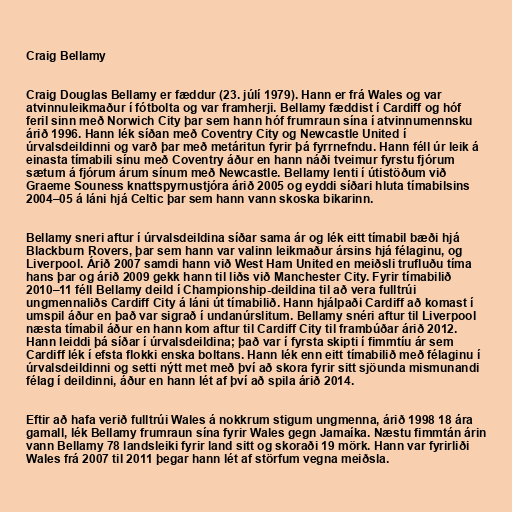
Craig Bellamy

Craig Douglas Bellamy er fæddur (23. júlí 1979). Hann er frá Wales og var
atvinnuleikmaður í fótbolta og var framherji. Bellamy fæddist í Cardiff og hóf
feril sinn með Norwich City þar sem hann hóf frumraun sína í atvinnumennsku
árið 1996. Hann lék síðan með Coventry City og Newcastle United í
úrvalsdeildinni og varð þar með metáritun fyrir þá fyrrnefndu. Hann féll úr leik á
einasta tímabili sínu með Coventry áður en hann náði tveimur fyrstu fjórum
sætum á fjórum árum sínum með Newcastle. Bellamy lenti í útistöðum við
Graeme Souness knattspyrnustjóra árið 2005 og eyddi síðari hluta tímabilsins
2004–05 á láni hjá Celtic þar sem hann vann skoska bikarinn.

Bellamy sneri aftur í úrvalsdeildina síðar sama ár og lék eitt tímabil bæði hjá
Blackburn Rovers, þar sem hann var valinn leikmaður ársins hjá félaginu, og
Liverpool. Árið 2007 samdi hann við West Ham United en meiðsli trufluðu tíma
hans þar og árið 2009 gekk hann til liðs við Manchester City. Fyrir tímabilið
2010–11 féll Bellamy deild í Championship-deildina til að vera fulltrúi
ungmennaliðs Cardiff City á láni út tímabilið. Hann hjálpaði Cardiff að komast í
umspil áður en það var sigrað í undanúrslitum. Bellamy snéri aftur til Liverpool
næsta tímabil áður en hann kom aftur til Cardiff City til frambúðar árið 2012.
Hann leiddi þá síðar í úrvalsdeildina; það var í fyrsta skipti í fimmtíu ár sem
Cardiff lék í efsta flokki enska boltans. Hann lék enn eitt tímabilið með félaginu í
úrvalsdeildinni og setti nýtt met með því að skora fyrir sitt sjöunda mismunandi
félag í deildinni, áður en hann lét af því að spila árið 2014.

Eftir að hafa verið fulltrúi Wales á nokkrum stigum ungmenna, árið 1998 18 ára
gamall, lék Bellamy frumraun sína fyrir Wales gegn Jamaíka. Næstu fimmtán árin
vann Bellamy 78 landsleiki fyrir land sitt og skoraði 19 mörk. Hann var fyrirliði
Wales frá 2007 til 2011 þegar hann lét af störfum vegna meiðsla.